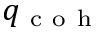
q _ { \mathrm { ~ c ~ o ~ h ~ } }